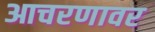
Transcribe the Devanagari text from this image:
आचरणावर